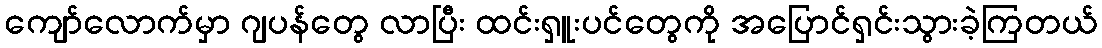
ကျော်လောက်မှာ ဂျပန်တွေ လာပြီး ထင်းရှူးပင်တွေကို အပြောင်ရှင်းသွားခဲ့ကြတယ်